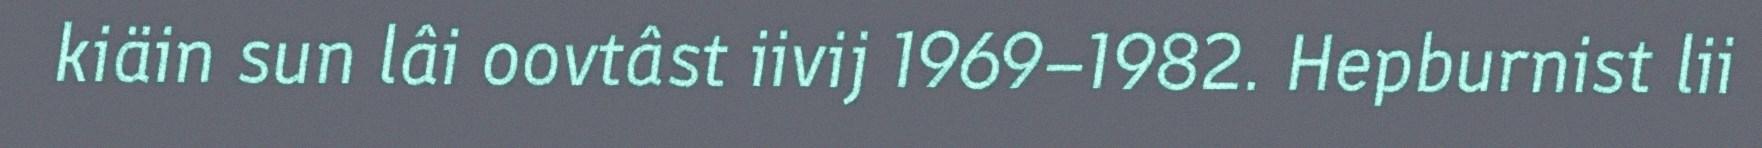
kiäin sun lâi oovtâst iivij 1969–1982. Hepburnist lii